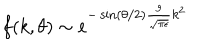
f ( k , \theta ) \sim e ^ { - \sin ( \theta / 2 ) \frac { g } { \sqrt { \pi \epsilon } } k ^ { 2 } }